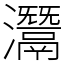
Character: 灊